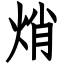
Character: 焇